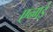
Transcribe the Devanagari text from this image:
एन्गई